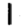
Digit: 1